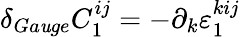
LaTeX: \delta_{Ga\mathit{u}ge}C_{1}^{ij}=-\partial_{k}\varepsilon_{1}^{kij}